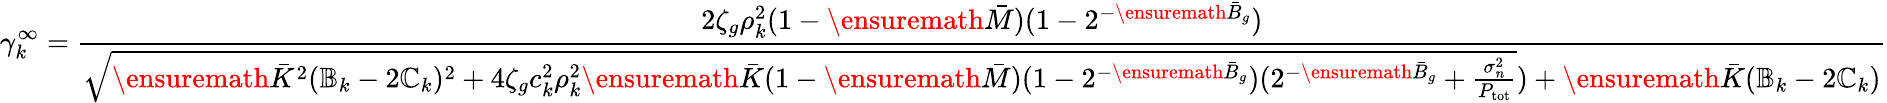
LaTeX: \gamma_{k}^{\infty}=\frac{2\zeta_{g}\rho_{k}^{2}(1-\ensuremath{\bar{M}})(1-2^{-\ensuremath{\bar{B}}_{g}})}{\sqrt{\ensuremath{\bar{K}}^{2}(\mathbb{B}_{k}-2\mathbb{C}_{k})^{2}+4\zeta_{g}c_{k}^{2}\rho_{k}^{2}\ensuremath{\bar{K}}(1-\ensuremath{\bar{M}})(1-2^{-\ensuremath{\bar{B}}_{g}})(2^{-\ensuremath{\bar{B}}_{g}}+\frac{\sigma_{n}^{2}}{P_{\mathrm{tot}}}})+\ensuremath{\bar{K}}(\mathbb{B}_{k}-2\mathbb{C}_{k})}